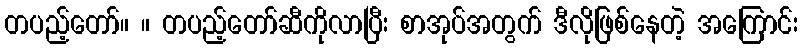
တပည့်တော်။ ။ တပည့်တော်ဆီကိုလာပြီး စာအုပ်အတွက် ဒီလိုဖြစ်နေတဲ့ အကြောင်း